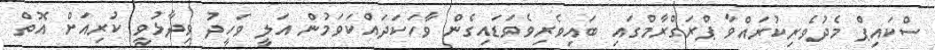
ސްކައިޕް މެދުވެރިކުރައްވާ ޕްރަގްރާމްގައި ބައިވެރިވެވަޑައިގެން ވާހަކަދައްކަވަމުން އަލީ ވަހީދު ވިދާޅުވީ ކުރިއަށް އޮތް